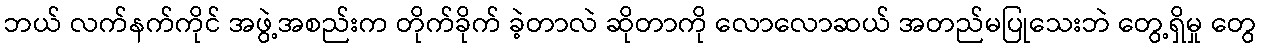
ဘယ် လက်နက်ကိုင် အဖွဲ့အစည်းက တိုက်ခိုက် ခဲ့တာလဲ ဆိုတာကို လောလောဆယ် အတည်မပြုသေးဘဲ တွေ့ရှိမှု တွေ